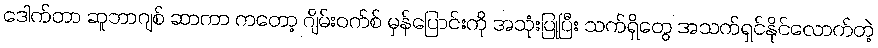
ဒေါက်တာ ဆူဘာဂျစ် ဆာကာ ကတော့ ဂျိမ်းဝက်စ် မှန်ပြောင်းကို အသုံးပြုပြီး သက်ရှိတွေ အသက်ရှင်နိုင်လောက်တဲ့